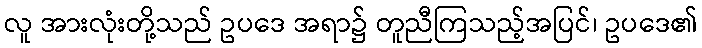
လူ အားလုံးတို့သည် ဥပဒေ အရာ၌ တူညီကြသည့်အပြင်၊ ဥပဒေ၏